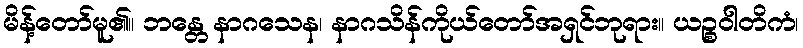
မိန့်တော်မူ၏။ ဘန္တေ နာဂသေန၊ နာဂသိန်ကိုယ်တော်အရှင်ဘုရား။ ယဉ္စဝါတိကံ၊